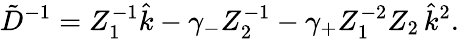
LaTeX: \tilde{D}^{-1}=Z_{1}^{-1}\hat{k}-\gamma_{-}Z_{2}^{-1}-\gamma_{+}Z_{1}^{-2}Z_{2}\, \hat{k}^{2}.